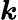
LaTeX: \boldsymbol k